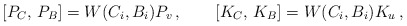
\begin{align*}{}[P_{C},\,P_{B}]=W(C_i,B_i)P_v\,,\qquad[K_{C},\,K_{B}]=W(C_i,B_i)K_u\,,\end{align*}